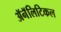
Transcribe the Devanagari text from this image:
ॲनॅलिटिकल